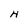
Character: H